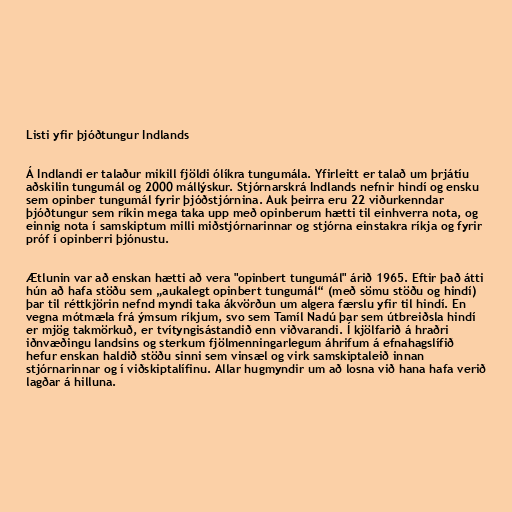
Listi yfir þjóðtungur Indlands

Á Indlandi er talaður mikill fjöldi ólíkra tungumála. Yfirleitt er talað um þrjátíu
aðskilin tungumál og 2000 mállýskur. Stjórnarskrá Indlands nefnir hindí og ensku
sem opinber tungumál fyrir þjóðstjórnina. Auk þeirra eru 22 viðurkenndar
þjóðtungur sem ríkin mega taka upp með opinberum hætti til einhverra nota, og
einnig nota í samskiptum milli miðstjórnarinnar og stjórna einstakra ríkja og fyrir
próf í opinberri þjónustu.

Ætlunin var að enskan hætti að vera "opinbert tungumál" árið 1965. Eftir það átti
hún að hafa stöðu sem „aukalegt opinbert tungumál“ (með sömu stöðu og hindí)
þar til réttkjörin nefnd myndi taka ákvörðun um algera færslu yfir til hindí. En
vegna mótmæla frá ýmsum ríkjum, svo sem Tamíl Nadú þar sem útbreiðsla hindí
er mjög takmörkuð, er tvítyngisástandið enn viðvarandi. Í kjölfarið á hraðri
iðnvæðingu landsins og sterkum fjölmenningarlegum áhrifum á efnahagslífið
hefur enskan haldið stöðu sinni sem vinsæl og virk samskiptaleið innan
stjórnarinnar og í viðskiptalífinu. Allar hugmyndir um að losna við hana hafa verið
lagðar á hilluna.